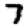
Digit: 7